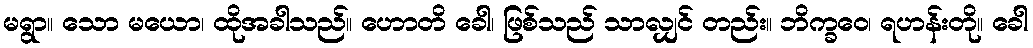
မရွာ။ သော မယော၊ ထိုအခါသည်။ ဟောတိ ခေါ၊ ဖြစ်သည် သာလျှင် တည်း။ ဘိက္ခဝေ၊ ရဟန်းတို။ ခေါ